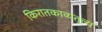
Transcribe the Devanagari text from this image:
किरातकाव्यतुल्य